Annual report of the Punjab Veterinary College and of the Civil Veterinary Department, Punjab - 1894-1908
Year: 1894
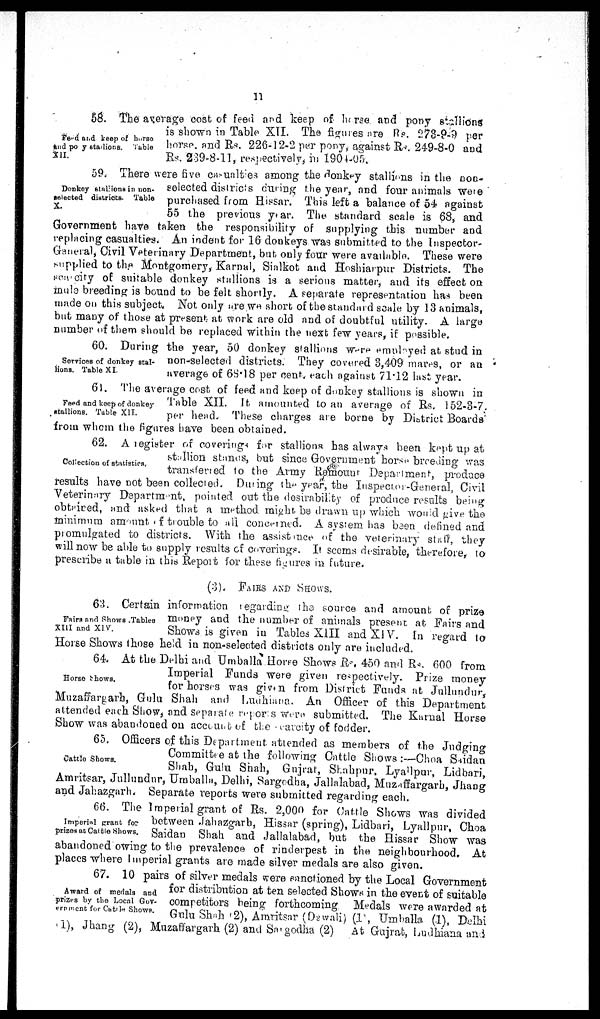
11
Fsed and keep of horse
and pony stations. Table
XII.
58. The average cost of feed and keep of horse and pony stallions
is shown in Table XII. The figures are RS. 273-9-9 per
horse, and Rs. 226-12-2 per pony, against Rs. 249-8-0 and
Rs. 239-8-11, respectively, in 1904-05.
Donkey stallions non-
selected districts. Table
X.
59. There were five casualties among the donkey stallions in the non-
selected districts during the year, and four animals were
purchased from Hissar. This left a balance of 54 against
55 the previous year. The standard scale is 68, and
Government have taken the responsibility of supplying this number and
replacing casualties. An indent for 16 donkeys was submitted to the Inspector-
Ganeral Civil Veterinary Department, but only four were available. These were
supplied to the Montgomery, Karnal, Sialkot and Hoshiarpur Districts. The
scarcity of suitable donkey stallions is a serious matter, and its effect on
mule breeding is bound to be felt shortly. A separate representation has been
made on this subject. Not only are we short of the standard scale by 13 animals,
but many of those at present at work are old and of doubtful utility. A large
number of them should be replaced within the next few years, if possible.
Services of donkey stal-
lions. Table XI.
60. During the year, 50 donkey stallions were employed at stud in
non-selected districts. They covered 3,409 mares, or an
average of 68.18 per cent. each against 71.12 last year.
Feed and keep of donkey
stallions. Table XII.
6l. The average cost of feed and keep of donkey stallions is shown in
Table XII. It amounted to an average of Rs. 152-3-7.
per head. These charges are borne by District Boards
from whom the figures have been obtained.
Collection of statistics.
62. A register of coverings for stallions has always been kept up at
stallion stands, but since Government horse breeding was
transferred to the Army Remount Department, producs
results have not been collected. During the year, the Inspector-General, Civil
Veterinary Department, pointed out the desirability of produce results being
obtaired, and asked that a method might be drawn up which would give the
minimum amount of trouble to all concerned. A system has been defined and
promulgated to districts. With the assistance of the veterinary staff, they
will now be able to supply results of coverings. It seems desirable, therefore, to
prescribe a table in this Report for these figures in future.
(3). FAIRS AND SHOWS.
Fairs and Shows .Tables
XIII and XIV.
63. Certain information regarding the source and amount of prize
money and the number of animals present at Fairs and
Shows is given in Tables XIII and XIV. In regard to
Horse Shows those held in non-selected districts only are included.
Horse Shows.
64. At the Delhi and Umballa Horse Shows Rs. 450 and Rs. 600 from
Imperial Funds were given respectively. Prize money
for horses was given from District Funds at Jullundur,
Muzaffargarh, Gulu Shah and Ludhiana. An Officer of this Department
attended each Show, and Separate reports were submitted. The Karnal Horse
Show was abandoned on account of the carcity of fodder.
Cattle Shows.
65. Officers of this Department attended as members of the Judging
Committee at the following Cattle Shows :—Choa Saidan
Shah, Gulu Shah, Gujrat, Shahpur, Lyallpur, Lidbari,
Amritsar, Jullundur, Umballa, Delhi, Sargodha, Jallalabad, Muzaffargarh, Jhang
and Jahazgarh. Separate reports were submitted regarding each.
Imperial grant for
prizes at Cattle Shows.
66. The Imperial grant of Rs. 2,000 for Cattle Shows was divided
between Jabazgarb, Hissar (spring), Lidbari, Lyallpur, Choa
Saidan Shah and Jallalabad, but the Hissar Show was
abandoned owing to the prevalence of rinderpest in the neighbourhood. At
places where imperial grants are made silver medals are also given.
Award of medals and
prizes by the Local Gov-
ernment for Cattle Shows.
67. 10 pairs of silver medals were sanctioned by the Local Government
for distribution at ten selected Shows in the event of suitable
competitors being forthcoming. Medals were awarded at
Gulu Shah (2), Amritsar (Dewali) (1), Umballa (1), Delhi
1), Jhang (2), Muzaffargarh (2) and Sargodha (2)
At Gujrat, Ludhiana and